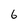
Character: 6